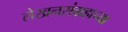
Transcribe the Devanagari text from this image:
लेखनसंग्रहाच्या